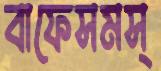
বাফেসমস্